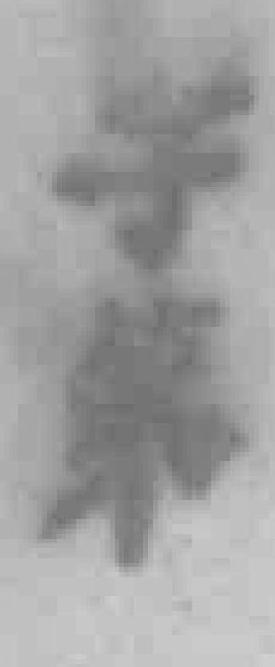
字第